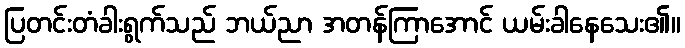
ပြတင်းတံခါးရွက်သည် ဘယ်ညာ အတန်ကြာအောင် ယမ်းခါနေသေး၏။